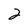
Character: 2